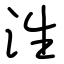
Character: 泩